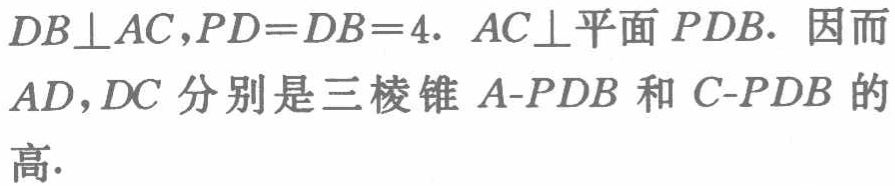
$DB\perp AC,PD = DB = 4.\ AC\perp平面PDB.$ 因而$AD,DC$分别是三棱锥$A - PDB$和$C - PDB$的高.